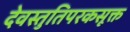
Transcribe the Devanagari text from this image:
देवस्तुतिपरकसूक्त